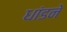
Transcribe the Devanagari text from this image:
धांडने